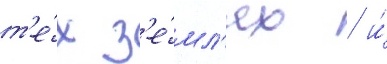
т'е́х з'е́мл'ях / и́